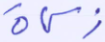
زكاة